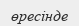
өресінде